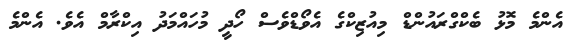
އެންމެ މޮޅު ބެކްގްރައުންޑް މިއުޒިކްގެ އެވޯޑްވެސް ހޯދީ މުހައްމަދު އިކްރާމް އެވެ. އެންމެ